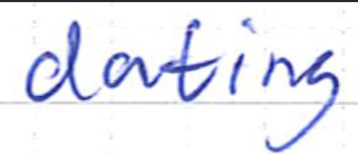
Text: dating
Cross-out: clean
Writing tool: ballpoint